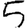
Digit: 5